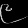
Digit: ၉